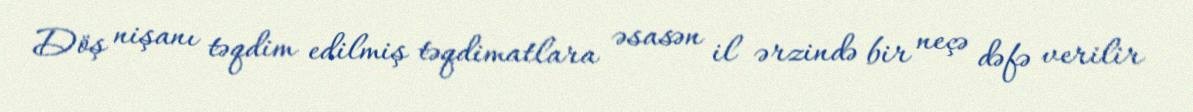
Döş nişanı təqdim edilmiş təqdimatlara əsasən il ərzində bir neçə dəfə verilir